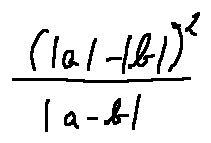
\frac { ( | a | - | b | ) ^ { 2 } } { | a - b | }